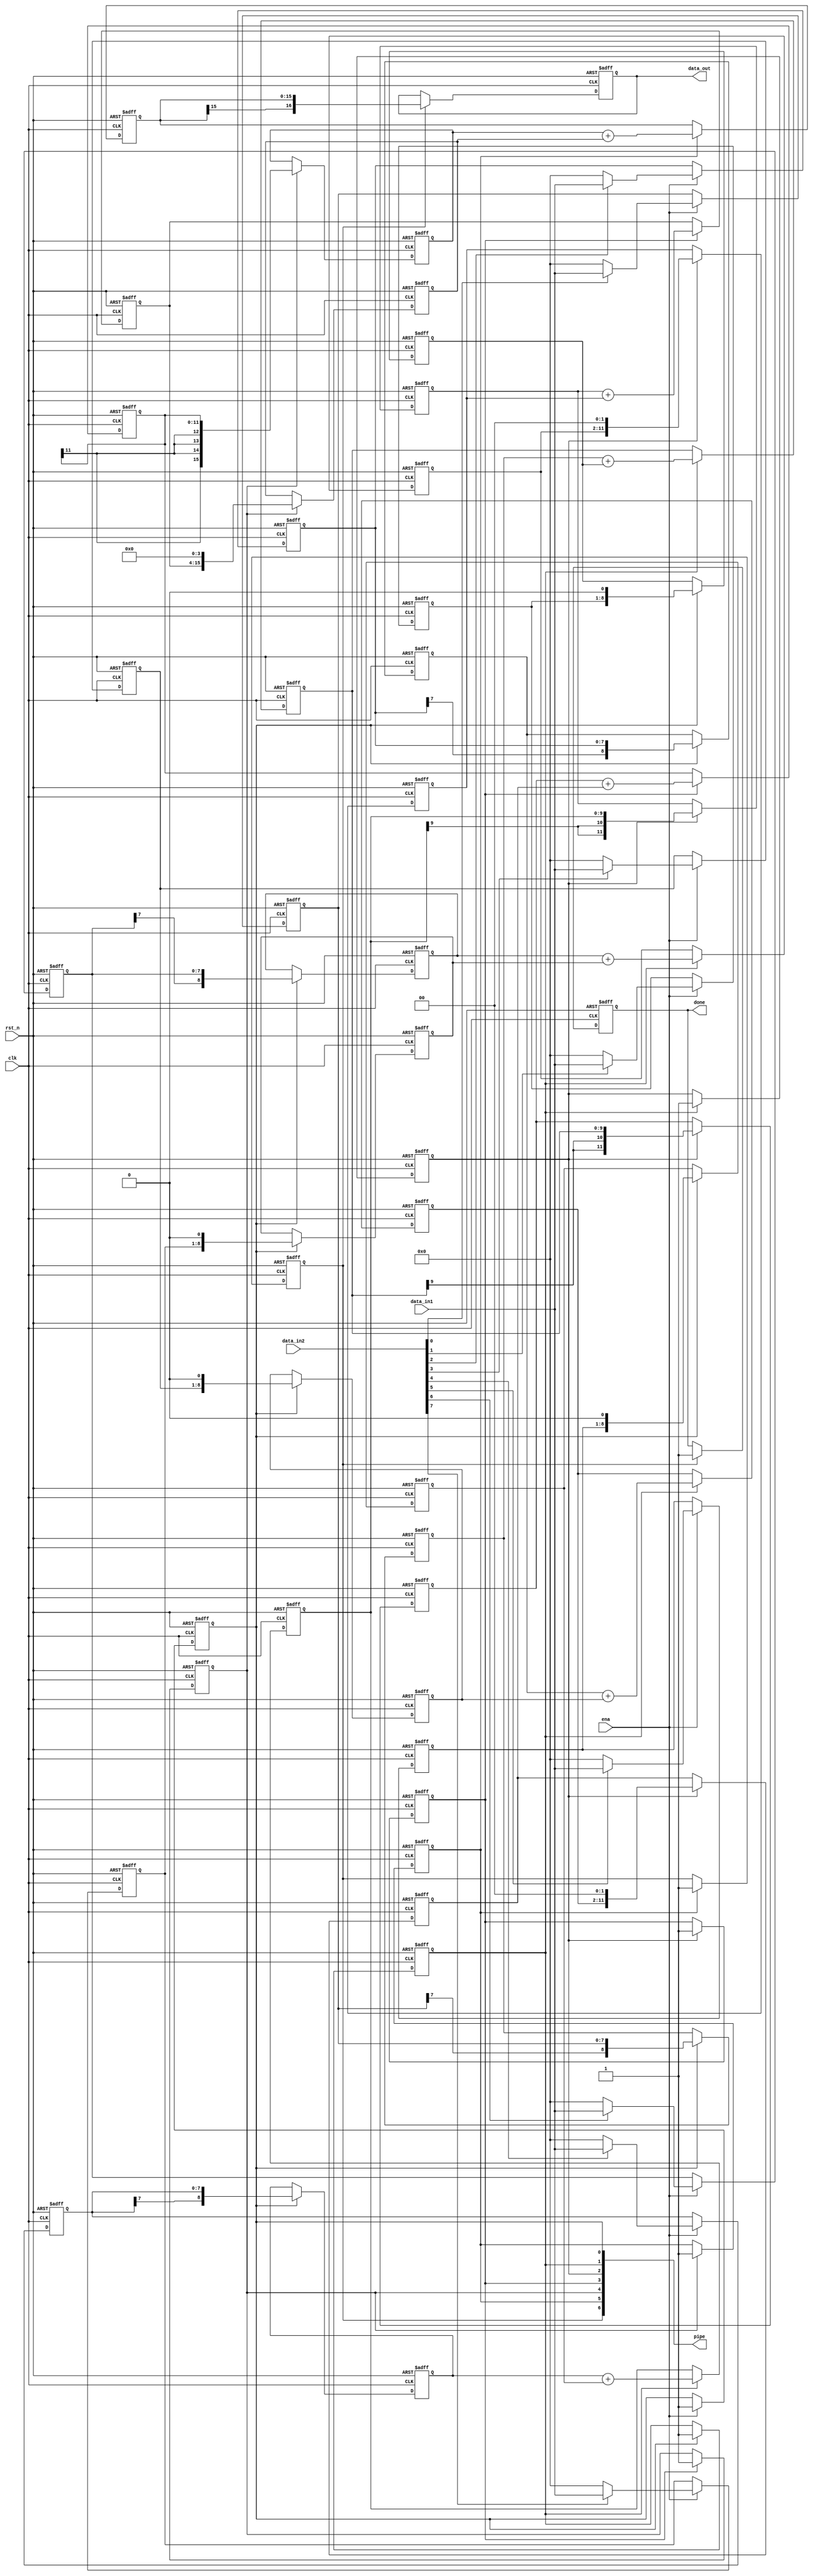
 ///////////////////////////////////////////////////////////
 //  8-bit
 //  data in should be positive and range from 0 to 127
 //  about 8 clk delay to get result data out 
 //  actually data_in1 could range from -128 to 127
 ///////////////////////////////////////////////////////////
 module ADDER_TREE#(parameter DATA_IN_WIDTH = 8,DATA_OUT_WIDTH = 16)
							(clk,rst_n,ena,data_in1,data_in2,data_out,done,	pipe
							);
						
 input clk,rst_n,ena;
 input [DATA_IN_WIDTH - 1:0] data_in1,data_in2;
 output [DATA_OUT_WIDTH:0] data_out;
 output done;
 reg signed done;
 reg signed [DATA_OUT_WIDTH:0] data_out;
output [6:0] pipe;

reg signed [6:0] pipe;
wire data_in2_b0,data_in2_b1,data_in2_b2,data_in2_b3,data_in2_b4,data_in2_b5,data_in2_b6,data_in2_b7;
wire [DATA_IN_WIDTH - 1:0] M_wire0,M_wire1,M_wire2,M_wire3,M_wire4,M_wire5,M_wire6,M_wire7;

reg signed  [DATA_IN_WIDTH - 1:0] M_reg0,M_reg1,M_reg2,M_reg3,M_reg4,M_reg5,M_reg6,M_reg7;
reg signed  [DATA_IN_WIDTH:0] M_reg_ls1_0,M_reg_ls1_1,M_reg_ls1_2,M_reg_ls1_3,M_reg_ls1_4,M_reg_ls1_5,M_reg_ls1_6,M_reg_ls1_7;
reg signed  [DATA_IN_WIDTH + 1:0] Adder_reg1_0,Adder_reg1_1,Adder_reg1_2,Adder_reg1_3;
reg signed  [DATA_IN_WIDTH + 3:0] Adder_reg1_ls2_0,Adder_reg1_ls2_1,Adder_reg1_ls2_2,Adder_reg1_ls2_3,Adder_reg2_0,Adder_reg2_1;
reg signed  [DATA_IN_WIDTH + DATA_IN_WIDTH - 1:0] Adder_reg2_ls4_0,Adder_reg2_ls4_1;
reg signed  [DATA_IN_WIDTH + DATA_IN_WIDTH - 1:0] Adder_reg3_1;

assign data_in2_b0 = data_in2[0];
assign data_in2_b1 = data_in2[1];
assign data_in2_b2 = data_in2[2];
assign data_in2_b3 = data_in2[3];
assign data_in2_b4 = data_in2[4];
assign data_in2_b5 = data_in2[5];
assign data_in2_b6 = data_in2[6];
assign data_in2_b7 = data_in2[7];

assign M_wire0 = data_in2_b0 ? data_in1 : 0;
assign M_wire1 = data_in2_b1 ? data_in1 : 0;
assign M_wire2 = data_in2_b2 ? data_in1 : 0;
assign M_wire3 = data_in2_b3 ? data_in1 : 0;
assign M_wire4 = data_in2_b4 ? data_in1 : 0;
assign M_wire5 = data_in2_b5 ? data_in1 : 0;
assign M_wire6 = data_in2_b6 ? data_in1 : 0;
assign M_wire7 = data_in2_b7 ? data_in1 : 0;

always @(posedge clk or negedge rst_n)
  begin
    if(!rst_n)
	   begin
		   M_reg0 <= 0;
			M_reg1 <= 0;
			M_reg2 <= 0;
			M_reg3 <= 0;
			M_reg4 <= 0;
			M_reg5 <= 0;
			M_reg6 <= 0;
			M_reg7 <= 0;
			pipe[0] <= 0;
		end
	 else
	   begin
		  if(ena)
		    begin
			   M_reg0 <= M_wire0;
				M_reg1 <= M_wire1;
				M_reg2 <= M_wire2;
				M_reg3 <= M_wire3;
				M_reg4 <= M_wire4;
				M_reg5 <= M_wire5;
				M_reg6 <= M_wire6;
				M_reg7 <= M_wire7;
				pipe[0] <= 1;
			 end
		end
  end
  
always @(posedge clk or negedge rst_n)
  begin
    if(!rst_n)
	   begin
		   M_reg_ls1_0 <= 0;
			M_reg_ls1_1 <= 0;
			M_reg_ls1_2 <= 0;
			M_reg_ls1_3 <= 0;
			M_reg_ls1_4 <= 0;
			M_reg_ls1_5 <= 0;
			M_reg_ls1_6 <= 0;
			M_reg_ls1_7 <= 0;
			pipe[1] <= 0;
		end
	 else
	   begin
		  if(pipe[0])
		    begin
			   M_reg_ls1_0 <= M_reg0;
				M_reg_ls1_1 <= {M_reg1[7:0],1'b0};
				M_reg_ls1_2 <= M_reg2;
				M_reg_ls1_3 <= {M_reg3[7:0],1'b0};
				M_reg_ls1_4 <= M_reg4;
				M_reg_ls1_5 <= {M_reg5[7:0],1'b0};
				M_reg_ls1_6 <= M_reg6;
				M_reg_ls1_7 <= {M_reg7[7:0],1'b0};
				pipe[1] <= 1;
			 end
		end
  end
  
always @(posedge clk or negedge rst_n)
  begin
    if(!rst_n)
	   begin
		   Adder_reg1_0 <= 0;
			Adder_reg1_1 <= 0;
			Adder_reg1_2 <= 0;
			Adder_reg1_3 <= 0;
			pipe[2] <= 0;
		end
	 else
	   begin
		  if(pipe[1])
		    begin
			   Adder_reg1_0 <= M_reg_ls1_0 + M_reg_ls1_1;
				Adder_reg1_1 <= M_reg_ls1_2 + M_reg_ls1_3;
				Adder_reg1_2 <= M_reg_ls1_4 + M_reg_ls1_5;
				Adder_reg1_3 <= M_reg_ls1_6 + M_reg_ls1_7;
				pipe[2] <= 1;
			 end
		end
  end
  
always @(posedge clk or negedge rst_n)
  begin
    if(!rst_n)
	   begin
		   Adder_reg1_ls2_0 <= 0;
			Adder_reg1_ls2_1 <= 0;
			Adder_reg1_ls2_2 <= 0;
			Adder_reg1_ls2_3 <= 0;
			pipe[3] <= 0;
		end
	 else
	   begin
		  if(pipe[2])
		    begin
			   Adder_reg1_ls2_0 <= Adder_reg1_0;
				Adder_reg1_ls2_1 <= {Adder_reg1_1[9:0],2'b0};
				Adder_reg1_ls2_2 <= Adder_reg1_2;
				Adder_reg1_ls2_3 <= {Adder_reg1_3[9:0],2'b0};
				pipe[3] <= 1;
			 end
		end
  end
  
 always @(posedge clk or negedge rst_n)
  begin
    if(!rst_n)
	   begin
		   Adder_reg2_0 <= 0;
			Adder_reg2_1 <= 0;
			pipe[4] <= 0;
		end
	 else
	   begin
		  if(pipe[3])
		    begin
			   Adder_reg2_0 <= Adder_reg1_ls2_0 + Adder_reg1_ls2_1;
				Adder_reg2_1 <= Adder_reg1_ls2_2 + Adder_reg1_ls2_3;
				pipe[4] <= 1;
			 end
		end
  end
  
  always @(posedge clk or negedge rst_n)
  begin
    if(!rst_n)
	   begin
		   Adder_reg2_ls4_0 <= 0;
		   Adder_reg2_ls4_1 <= 0;
			pipe[5] <= 0;
		end
	 else
	   begin
		  if(pipe[4])
		    begin
				Adder_reg2_ls4_0 <= Adder_reg2_0;
				Adder_reg2_ls4_1 <= {Adder_reg2_1[11:0],4'b0};
				pipe[5] <= 1;
			 end
		end
  end

 always @(posedge clk or negedge rst_n)
  begin
    if(!rst_n)
	   begin
		   Adder_reg3_1 <= 0;
			pipe[6] <= 0;
		end
	 else
	   begin
		  if(pipe[5])
		    begin
			   Adder_reg3_1 <= Adder_reg2_ls4_0 + Adder_reg2_ls4_1;
				pipe[6] <= 1;
			 end
		end
  end
always @(posedge clk or negedge rst_n)
  begin
    if(!rst_n)
	   begin
		  data_out <= 0;
		  done <= 0; 
		end
	 else
	   begin
		  if(pipe[6])
		    begin
			  data_out <= Adder_reg3_1;
			  done <= 1'b1;
			 end
		end
  end
 endmodule